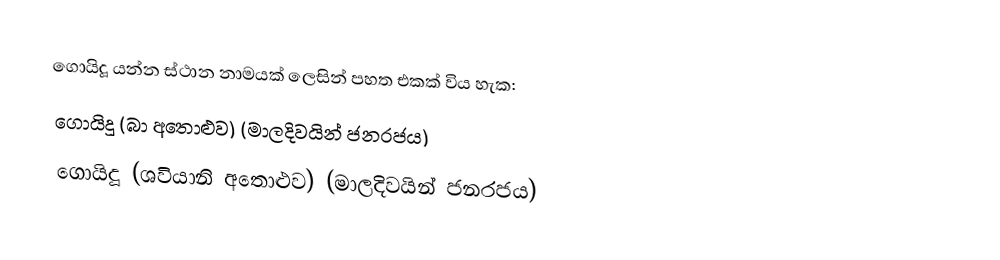
ගොයිදූ  යන්න ස්ථාන නාමයක් ලෙසින් පහත එකක් විය හැක:
 ගොයිදූ (බා අතොළුව) (මාලදිවයින් ජනරජය)
 ගොයිදූ (ශවියානි අතොළුව) (මාලදිවයින් ජනරජය)